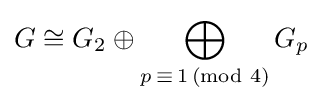
G\cong G_{2}\oplus \bigoplus _{p\,\equiv \,1\,({\text{mod }}4)}G_{p}